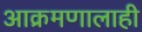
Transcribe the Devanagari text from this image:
आक्रमणालाही